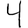
Digit: 4